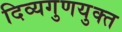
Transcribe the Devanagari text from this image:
दिव्यगुणयुक्त